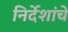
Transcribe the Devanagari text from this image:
निर्देशांचे